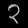
Digit: ၃